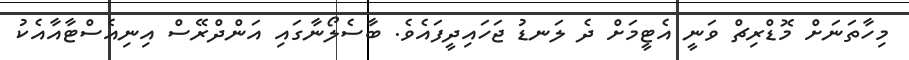
މިހާތަނަށް މޮޑްރިޗް ވަނީ އެޓީމަށް ދެ ލަނޑު ޖަހައިދީފައެވެ. ބާސެލޯނާގައި އަންދްރޭސް އިނިއެސްޓާއާއެކު